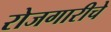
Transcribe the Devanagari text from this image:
रोजगारीचे